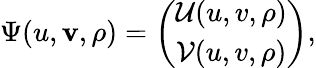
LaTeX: \Psi(u,\mathbf{v},\rho)=\left(\begin{array}{c}{{{\cal{U}}(u,v,\rho)}}\\ {{{\cal{V}}(u,v,\rho)}}\end{array}\right),